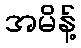
အမိန့်